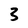
Character: 3